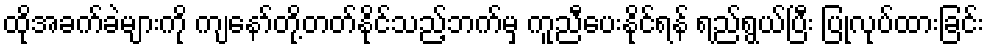
ထိုအခက်ခဲများကို ကျနော်တို့တတ်နိုင်သည့်ဘက်မှ ကူညီပေးနိုင်ရန် ရည်ရွယ်ပြီး ပြုလုပ်ထားခြင်း